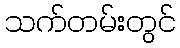
သက်တမ်းတွင်